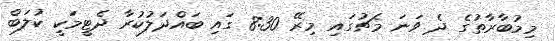
މިމުބާރާތުގެ ދެ ވަނަ މެޗުގައި މިރޭ 8:30 ގައި ބައްދަލުކުރާ ދެޓީމަކީ ކުލަބް